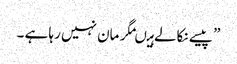
” پیسے نکالے ہیںمگر مان نہیں رہا ہے ۔